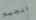
الجيم